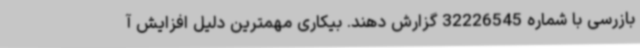
بازرسی با شماره 32226545 گزارش دهند. بیکاری مهمترین دلیل افزایش آ